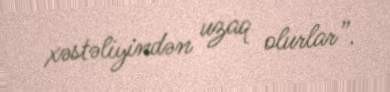
xəstəliyindən uzaq olurlar”.